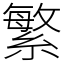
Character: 繁